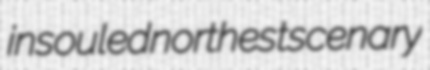
insouled northest scenary